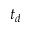
t _ { d }